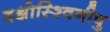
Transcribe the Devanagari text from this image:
दक्षोस्श्विनीषु